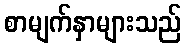
စာမျက်နှာများသည်